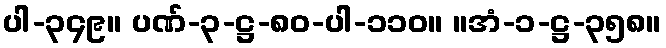
ပါ-၃၄၉။ ပဏ်-၃-ဋ္ဌ-၈၀-ပါ-၁၁၀။ ။အံ-၁-ဋ္ဌ-၃၅၈။